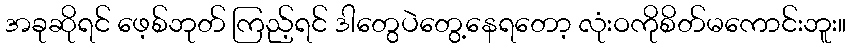
အခုဆိုရင် ဖေ့စ်ဘုတ် ကြည့်ရင် ဒါတွေပဲတွေ့နေရတော့ လုံးဝကိုစိတ်မကောင်းဘူး။